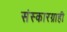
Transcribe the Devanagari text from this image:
संस्कारग्राही